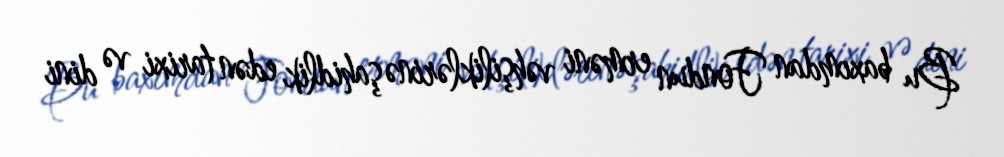
Bu baxımdan Fondun erməni vəhşiliklərinə şahidlik edən tarixi və dini